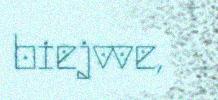
biejvve,